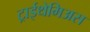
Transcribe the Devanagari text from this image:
ट्राईथेमिअस